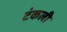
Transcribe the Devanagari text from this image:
टंकली